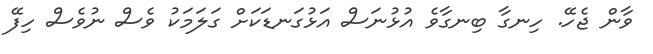
ވާން ޖެހޭ. ހިނގާ ބިނގާވެ އުޅުނަސް އަޅުގަނޑަކަށް ގަލަމަކު ވެސް ނުވެސް ހިފޭ